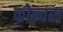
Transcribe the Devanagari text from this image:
कोन्चरा